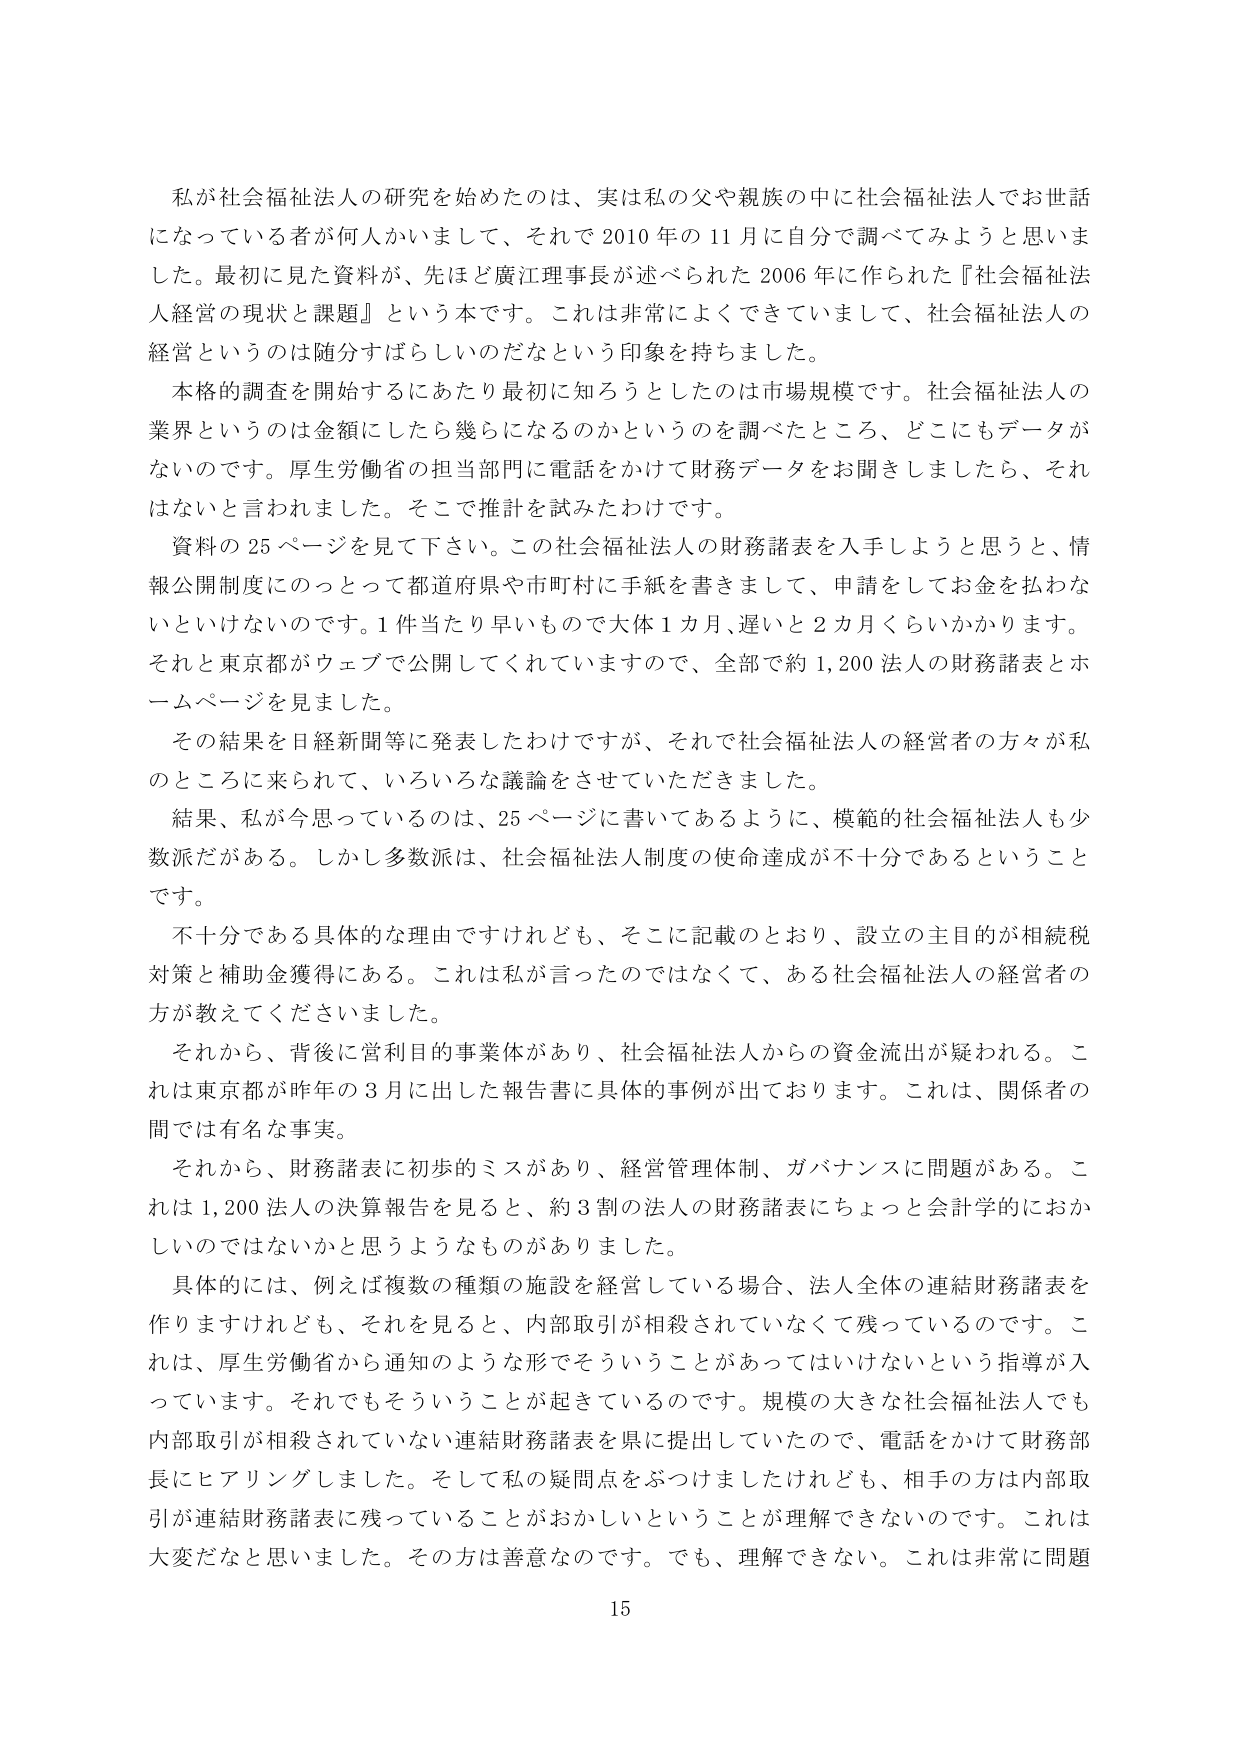
私が社会福祉法人の研究を始めたのは、実は私の父や親族の中に社会福祉法人でお世話になっている者が何人かいまして、それで2010年の11月に自分で調べてみようと思いました。最初に見た資料が、先ほど廣江理事長が述べられた2006年に作られた『社会福祉法人経営の現状と課題』という本です。これは非常によくできていました、社会福祉法人の経営というのは随分すばらしいのだなという印象を持ちました。

本格的調査を開始するにあたり最初に知ろうとしたのは市場規模です。社会福祉法人の業界というのは金額にしたら幾らになるのかというのを調べたところ、どこにもデータがないのです。厚生労働省の担当部門に電話をかけて財務データをお聞きしましたら、それはないと言われました。そこで推計を試みたわけです。

資料の25ページを見て下さい。この社会福祉法人の財務諸表を入手しようと思うと、情報公開制度にのっとって都道府県や市町村に手紙を書きまして、申請をしてお金を払わないといけないのです。1件当たり早いもので大体1カ月、遅いと2カ月くらいかかります。それと東京都がウェブで公開してくれていますので、全部で約1,200法人の財務諸表とホームページを見ました。

その結果を日経新聞等に発表したわけですが、それで社会福祉法人の経営者の方々が私のところに来られて、いろいろな議論をさせていただきました。

結果、私が今思っているのは、25ページに書いてあるように、模範的社会福祉法人も少数派だがある。しかし多数派は、社会福祉法人制度の使命達成が不十分であるということです。

不十分である具体的な理由ですけれども、そこに記載のとおり、設立の主目的が相続税対策と補助金獲得にある。これは私が言ったのではなくて、ある社会福祉法人の経営者の方が教えてくださいました。

それから、背後に営利目的事業体があり、社会福祉法人からの資金流出が疑われる。これは東京都が昨年の3月に出した報告書に具体的事例が出ております。これは、関係者の間では有名な事実。

それから、財務諸表に初歩的ミスがあり、経営管理体制、ガバナンスに問題がある。これは1,200法人の決算報告を見ると、約3割の法人の財務諸表にちょっと会計学的におかしいのではないかと思うようなものがありました。

具体的には、例えば複数の種類の施設を経営している場合、法人全体の連結財務諸表を作りますけれども、それを見ると、内部取引が相殺されていなくて残っているのです。これは、厚生労働省から通知のような形でそういうことがあってはいけないという指導が入っています。それでもそういうことが起きているのです。規模の大きな社会福祉法人でも内部取引が相殺されていない連結財務諸表を県に提出していたので、電話をかけて財務部長にヒアリングしました。そして私の疑問点をぶつけましたけれども、相手の方は内部取引が連結財務諸表に残っていることがおかしいということが理解できないのです。これは大変だなと思いました。その方は善意なのです。でも、理解できない。これは非常に問題

15